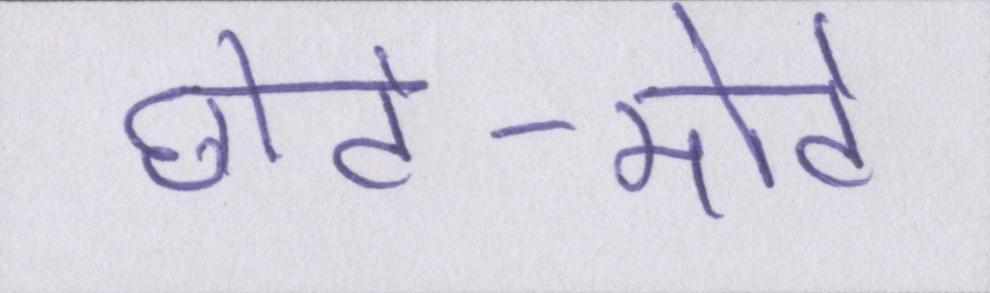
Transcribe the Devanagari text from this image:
छोटे-मोटे